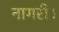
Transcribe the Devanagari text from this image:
नागरी।